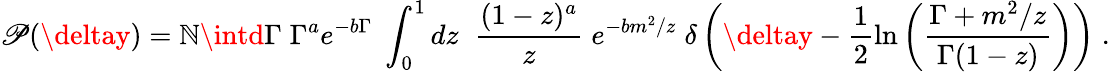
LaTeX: \mathscr{P}(\deltay)=\mathbb{N}\intd\Gamma\; \Gamma^{a}e^{-b\Gamma}\; \int_{0}^{1}dz\; \; \frac{{(1-z)^{a}}}{{z}}\; e^{-bm^{2}/z}\; \delta\left(\deltay-\frac{{1}}{{2}}\ln\left(\frac{{\Gamma+m^{2}/z}}{{\Gamma(1-z)}}\right)\right)\; .